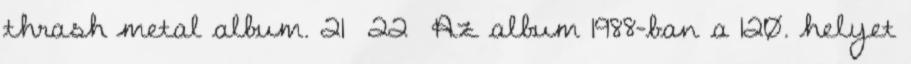
thrash metal album. 21 22 Az album 1988-ban a 120. helyet